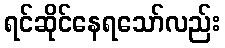
ရင်ဆိုင်နေရသော်လည်း